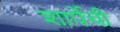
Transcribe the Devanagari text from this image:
शार्पेची